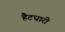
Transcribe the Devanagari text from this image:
हैटधारी